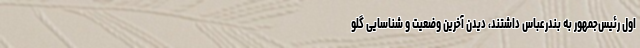
اول رئیس‌جمهور به بندرعباس داشتند، دیدن آخرین وضعیت و شناسایی گلو